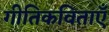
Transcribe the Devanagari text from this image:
गीतिकविताएँ